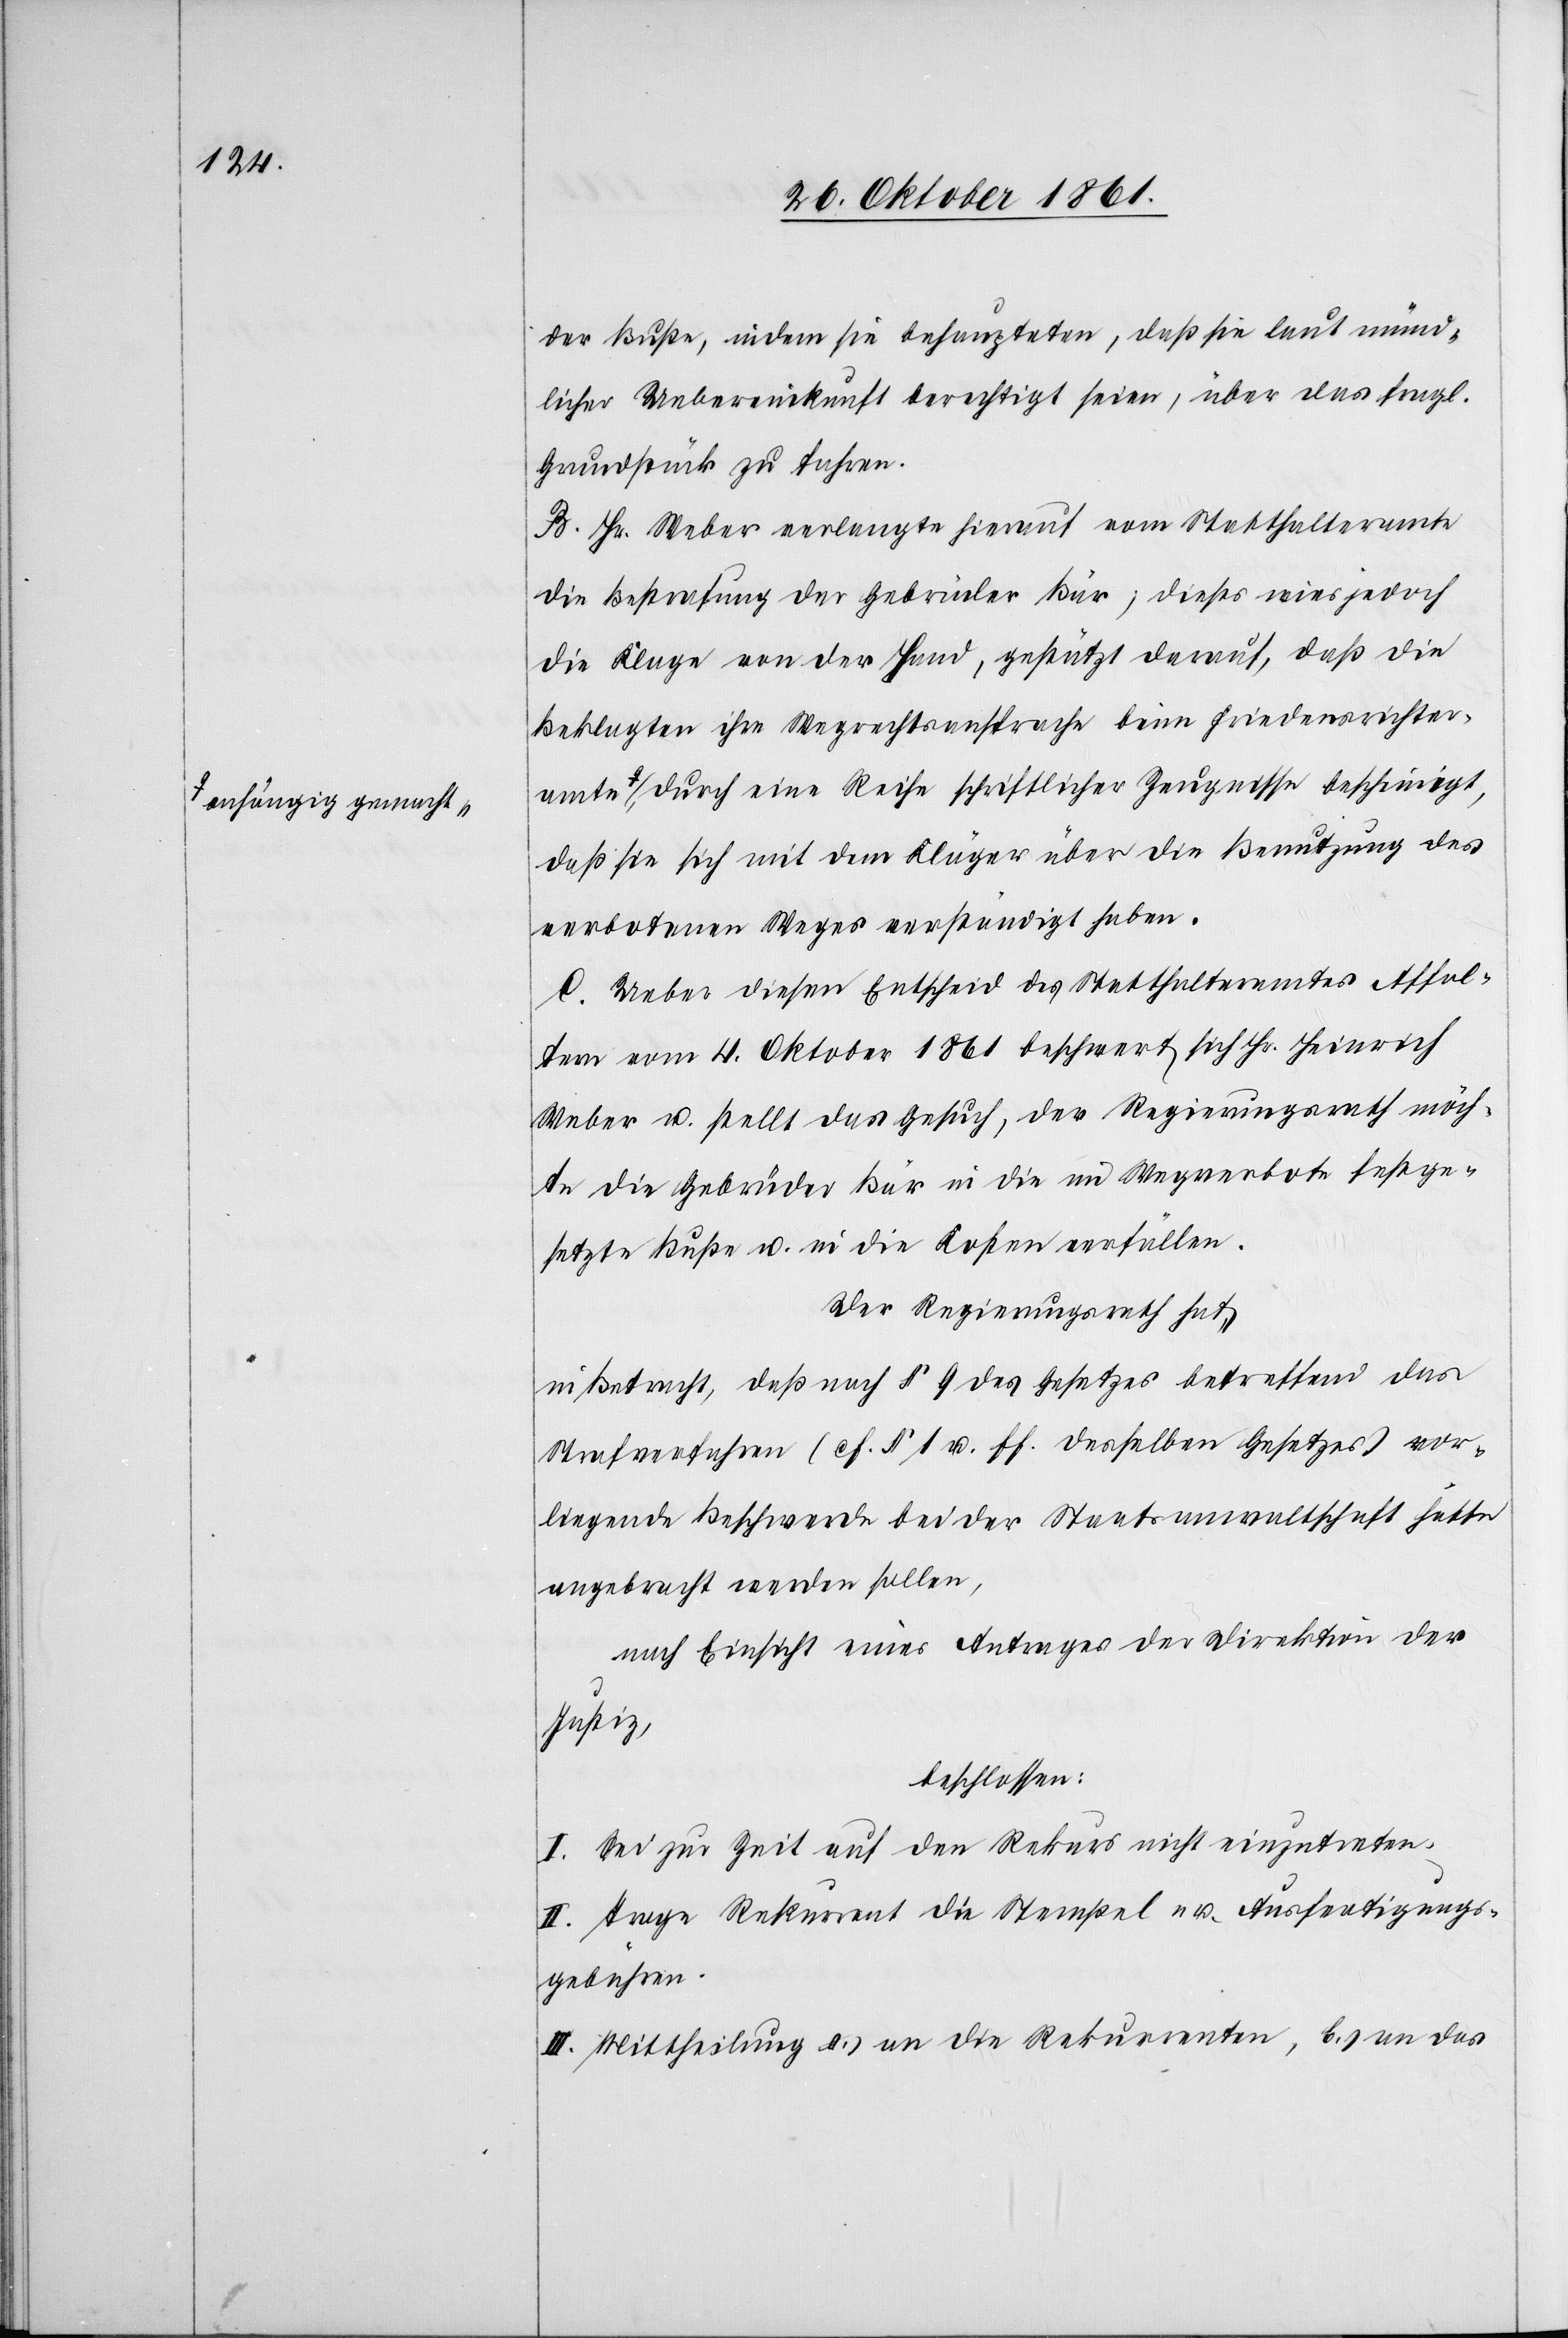
a-anhängig gemach¬

der Buße, indem sie behaupteten, daß sie laut münd¬
licher Uebereinkunft berechtigt seien, über das fragl.
Grundstück zu fahren.
B. Hr. Weber verlangte hierauf vom Statthalteramte
die Bestrafung der Gebrüder Bär, dieses wies jedoch
die Klage von der Hand, gestützt darauf, daß die
Beklagten ihre Wegrechtsansprache beim Friedensrichter¬
t-a, durch eine Reihe schriftlicher Zeugnisse bescheinigt,
daß sie sich mit dem Kläger über die Benutzung des
verbotenen Weges verständigt haben.
C. Ueber diesen Entscheid des Statthalteramtes Affol¬
tern vom 4 Oktober 1861 beschwert sich Hr. Heinrich
Weber u. stellt das Gesuch, der Regierungsrath möch¬
te die Gebrüder Bär in die im Wegverbote festge¬
setzte Buße u. in die Kosten verfällen.
Der Regierungsrath hat
in Betracht, daß nach § 9 des Gesetzes betreffend das
Strafverfahren (cf. § 1 u. ff. desselben Gesetzes) vor¬
liegende Beschwerde bei der Staatsanwaltschaft hätte
angebracht werden sollen,
nach Einsicht eines Antrages der Direktion der
Justiz,
beschlossen:
I. Sei zur Zeit auf den Rekurs nicht einzutreten.
II. Trage Rekurrent die Stempel- u. Ausfertigungs¬
gebühren.
III. Mittheilung a) an die Rekurrenten, b) an das